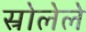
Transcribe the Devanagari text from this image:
स्रोलेले